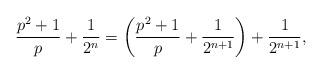
LaTeX: \begin{align*}\frac{p^2 + 1}{p} + \frac{1}{2^n} = \bigg( \frac{p^2 + 1}{p} + \frac{1}{2^{n+1}} \bigg) + \frac{1}{2^{n+1}},\end{align*}